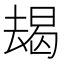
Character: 朅